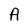
Character: A